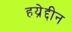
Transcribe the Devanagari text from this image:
हय्रेद्दीन